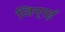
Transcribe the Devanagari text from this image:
जिन्नई